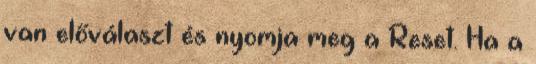
van előválaszt és nyomja meg a Reset. Ha a